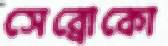
সেব্রোকো